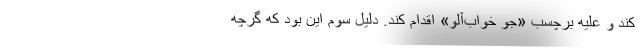
کند و علیه برچسب «جو خواب‌آلو» اقدام کند. دلیل سوم این بود که گرچه